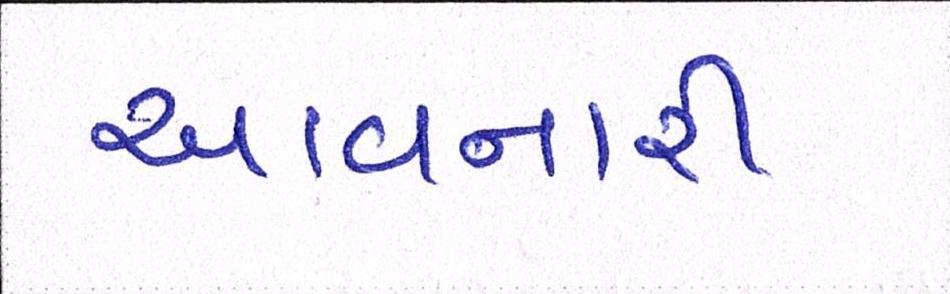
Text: આવનારી